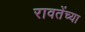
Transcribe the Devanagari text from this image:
रावतेंच्या